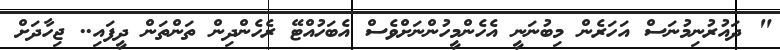
" ދައުރުނިމުނަސް އަހަރެން މިބުނަނީ އެހެންމީހުންނަށްވެސް އެބަހުއްޓޭ ރެހެންދިން ތަންތަން ދީފައި.. ޖިހާދަށް